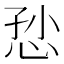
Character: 𢙏